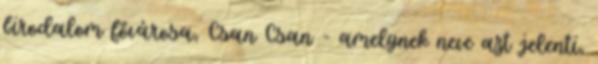
birodalom fővárosa, Csan Csan - amelynek neve azt jelenti,